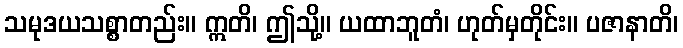
သမုဒယသစ္စာတည်း။ ဣတိ၊ ဤသို့။ ယထာဘူတံ၊ ဟုတ်မှတိုင်း။ ပဇာနာတိ၊